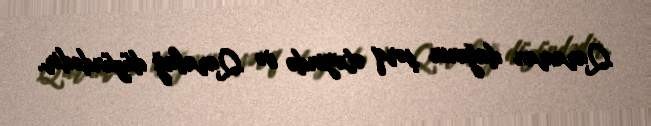
Qaraman dağının şərq ətəyində və Qarabağ düzündədir.